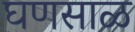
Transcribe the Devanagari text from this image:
घणसाळ